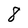
Character: 8